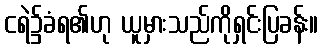
ငရဲ၌ခံရ၏ဟု ယူမှားသည်ကိုရှင်းပြခန်း။